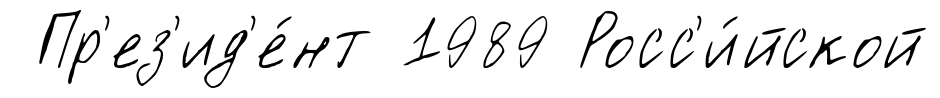
Пр'ез'ид'е́нт 1989 Росс'и́йской